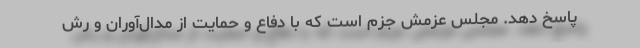
پاسخ دهد. مجلس عزمش جزم است که با دفاع و حمایت از مدال‌آوران و رش